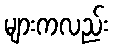
များကလည်း